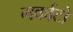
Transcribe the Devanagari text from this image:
मर्काटो